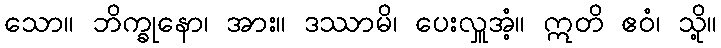
သော။ ဘိက္ခုနော၊ အား။ ဒဿာမိ၊ ပေးလှူအံ့။ ဣတိ ဧဝံ၊ သို့။